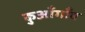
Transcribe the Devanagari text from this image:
कुआँगाँव